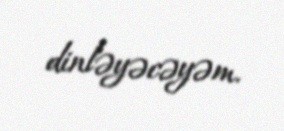
dinləyəcəyəm.